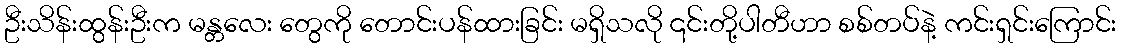
ဦးသိန်းထွန်းဦးက မန္တလေး တွေကို တောင်းပန်ထားခြင်း မရှိသလို ၎င်းတို့ပါတီဟာ စစ်တပ်နဲ့ ကင်းရှင်းကြောင်း